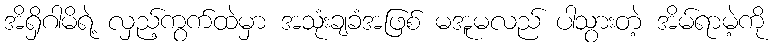
အိရှိဂါမိရဲ့ လှည့်ကွက်ထဲမှာ အသုံးချခံအဖြစ် မအူမလည် ပါသွားတဲ့ အိမ်ရာမဲ့ကို